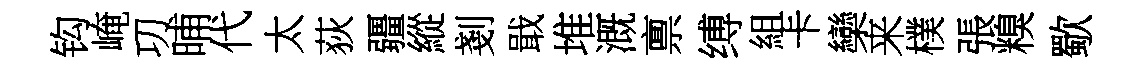
钩崦㓛晡代太荻疆縱剗戢堆溉禀缚組卡欒来樸張糗歜